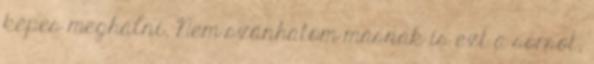
képes meghalni. Nem szánhatom másnak is ezt a sorsot,